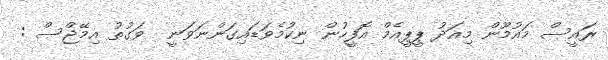
ރައީސް މައުމޫން މިއަދު ޕީޕީއެމް އޮފީހުން ނިކުމެވަޑައިގަންނަވަނީ  ވަގުތު އިމޭޖްސް :